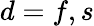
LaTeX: d=f,s